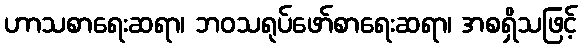
ဟာသစာရေးဆရာ၊ ဘဝသရုပ်ဖော်စာရေးဆရာ၊ အစရှိသဖြင့်